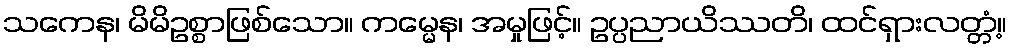
သကေန၊ မိမိဥစ္စာဖြစ်သော။ ကမ္မေန၊ အမှုဖြင့်။ ဥပ္ပညာယိဿတိ၊ ထင်ရှားလတ္တံ့။